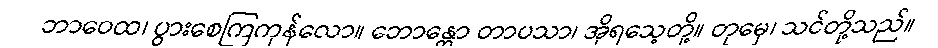
ဘာဝေထ၊ ပွားစေကြကုန်လော။ ဘောန္တော တာပသာ၊ အိုရသေ့တို့။ တုမှေ၊ သင်တို့သည်။